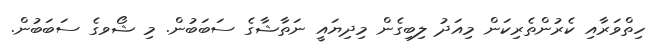
ހިތްވަރާއި ކެރުންތެރިކަން މިއަދު ލިބިގެން މިދިޔައީ ނަތާޝާގެ ސަބަބުން. މި ޝޯވގެ ސަބަބުން.